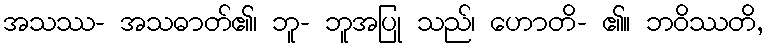
အသဿ- အသဓာတ်၏၊ ဘူ- ဘူအပြု သည်၊ ဟောတိ- ၏။ ဘဝိဿတိ,